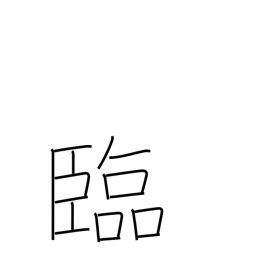
Meaning: look to